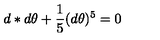
d * d \theta + \frac { 1 } { 5 } ( d \theta ) ^ { 5 } = 0